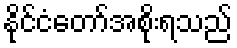
နိုင်ငံတော်အစိုးရသည်